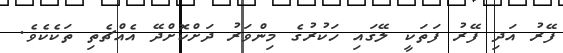
ފޭރު އަދި ފޭރު ފަތަކީ ލޭގައި ހަކުރުގެ މިންވަރު ދަށްކޮށްދޭ އެއްޗެތި ތަކެކެވެ.